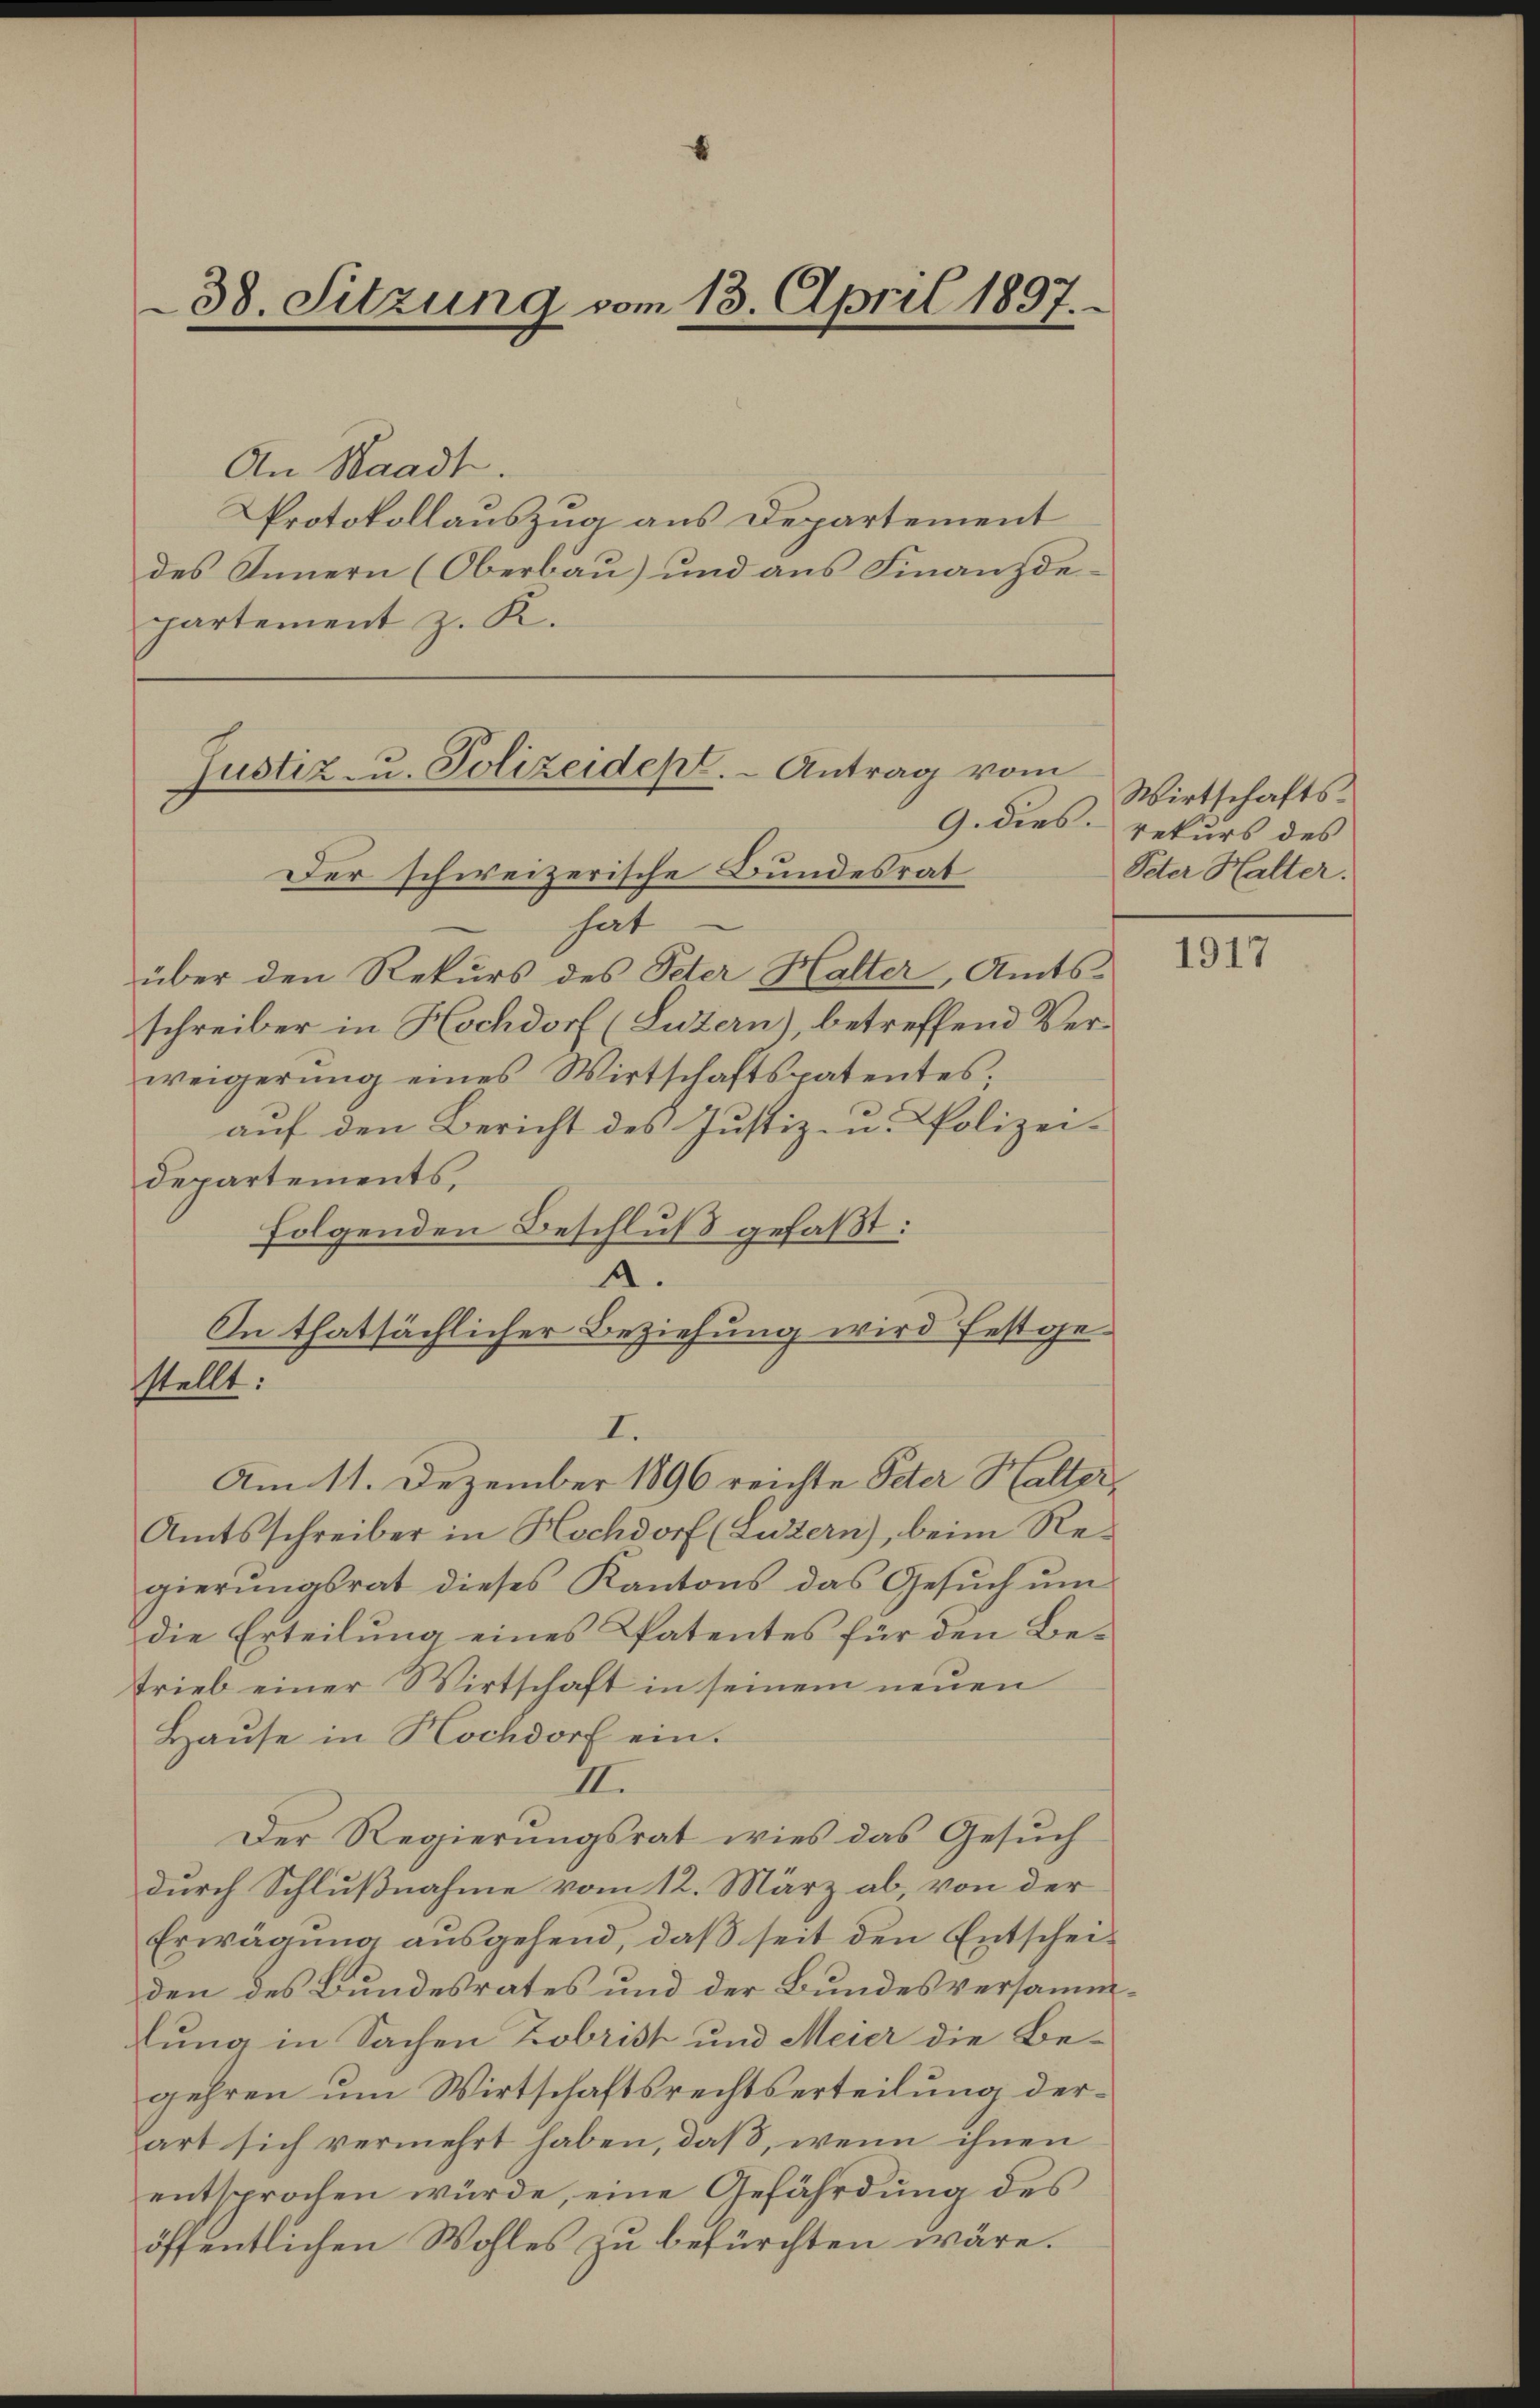
38. Sitzung vom 13. April 1807.

An Waadt.
Protokollauszug aus Departement
des Innern (Oberbau) und aus Finanzdepartement z. K.

Justiz- u. Polizeidept. - Antrag vom

Der schweizerische Bundesrat
hat
über den Rekurs des Peter Halter, Amts-
schreiber in Hochdorf (Luzern), betreffend Verweigerung eines Wirtschaftspatentes;
auf den Bericht des Justiz- u. Polizei-
Departements,
folgenden Beschluß gefaßt:
A.
In thatsächlicher Beziehung wird festge¬
Amtsschreiber in Hochdorf (Luzern), beim Regierungsrat dieses Kantons das Gesŭch ŭm
die Erteilŭng eines Patentes für den Be-
trieb einer Wirtschaft in seinem neuen
Hause in Hochdorf ein.
II.
Der Regierungsrat wies das Gesuch
durch Schlußnahme vom 12. März ab, von der
Erwägung ausgehend, daß seit den Entscheiden des Bundesrates und der Bundesversammlung in Sachen Zobrist und Meier die Begehren um Wirtschaftsrechtserteilung derart sich vermehrt haben, daß, wenn ihnen
entsprochen würde, eine Gefährdung des
öffentlichen Wohles zu befürchten wäre.

stellt:

I.
Am 11. Dezember 1896 reichte Peter Halter,

Wirtschafts-
G. dies rekurs des
Peter Halter.

e

1917